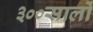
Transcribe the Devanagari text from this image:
३००सालों